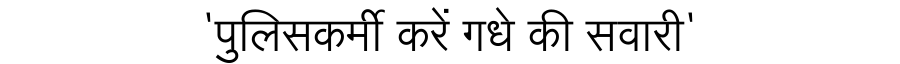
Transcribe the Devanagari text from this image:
'पुलिसकर्मी करें गधे की सवारी'